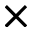
\times